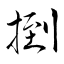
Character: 捯